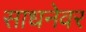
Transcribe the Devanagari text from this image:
साधनेवर